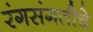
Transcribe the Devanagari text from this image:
रंगसंगतीचे